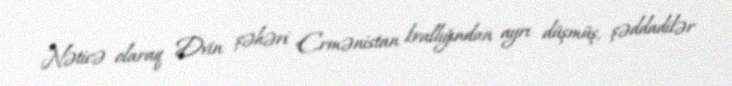
Nəticə olaraq Dvin şəhəri Ermənistan krallığından ayrı düşmüş, şəddadilər